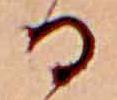
る